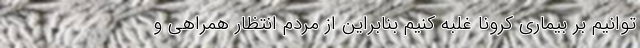
‌توانیم بر بیماری کرونا غلبه کنیم بنابراین از مردم انتظار همراهی و